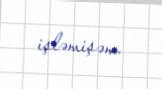
işləmişəm.